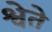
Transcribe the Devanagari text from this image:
श्वेते